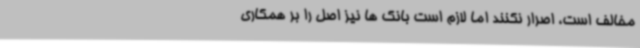
مخالف است، اصرار نکنند اما لازم است بانک ها نیز اصل را بر همکاری